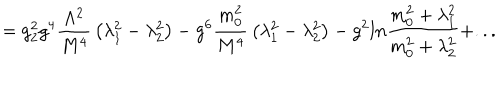
LaTeX: = g _ { 2 } ^ { 2 } g ^ { 4 } { \frac { \Lambda ^ { 2 } } { M ^ { 4 } } } \left( \lambda _ { 1 } ^ { 2 } - \lambda _ { 2 } ^ { 2 } \right) - g ^ { 6 } { \frac { m _ { 0 } ^ { 2 } } { M ^ { 4 } } } \left( \lambda _ { 1 } ^ { 2 } - \lambda _ { 2 } ^ { 2 } \right) - g ^ { 2 } l n { \frac { m _ { 0 } ^ { 2 } + \lambda _ { 1 } ^ { 2 } } { m _ { 0 } ^ { 2 } + \lambda _ { 2 } ^ { 2 } } } + . . .